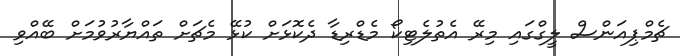
ޗެމްޕިއަންސް ލީގްގައި މިރޭ އެތުލެޓިކޯ މެޑްރިޑާ ދެކޮޅަށް ކުޅޭ މެޗަށް ތައްޔާރުވުމަށް ބޭއްވި